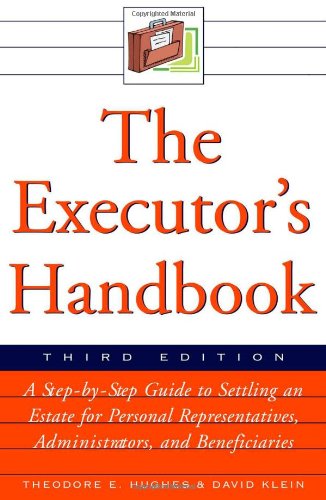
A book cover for The Executor's Handbook; Theodore E. Hughes; Law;